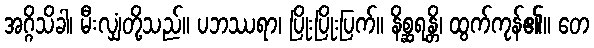
အဂ္ဂိသိခါ၊ မီးလျှံတို့သည်။ ပဘဿရာ၊ ပြိုးပြိုးပြက်။ နိစ္ဆရန္တိ၊ ထွက်ကုန်၏။ တေ